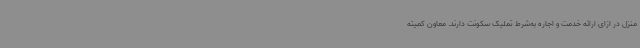
منزل در ازای ارائه خدمت و اجاره به‌شرط تملیک سکونت دارند. معاون کمیته